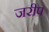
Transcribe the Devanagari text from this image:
जरीप